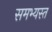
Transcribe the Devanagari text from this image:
समभ्यस्त